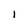
Character: I